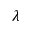
\lambda